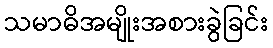
သမာဓိအမျိုးအစားခွဲခြင်း